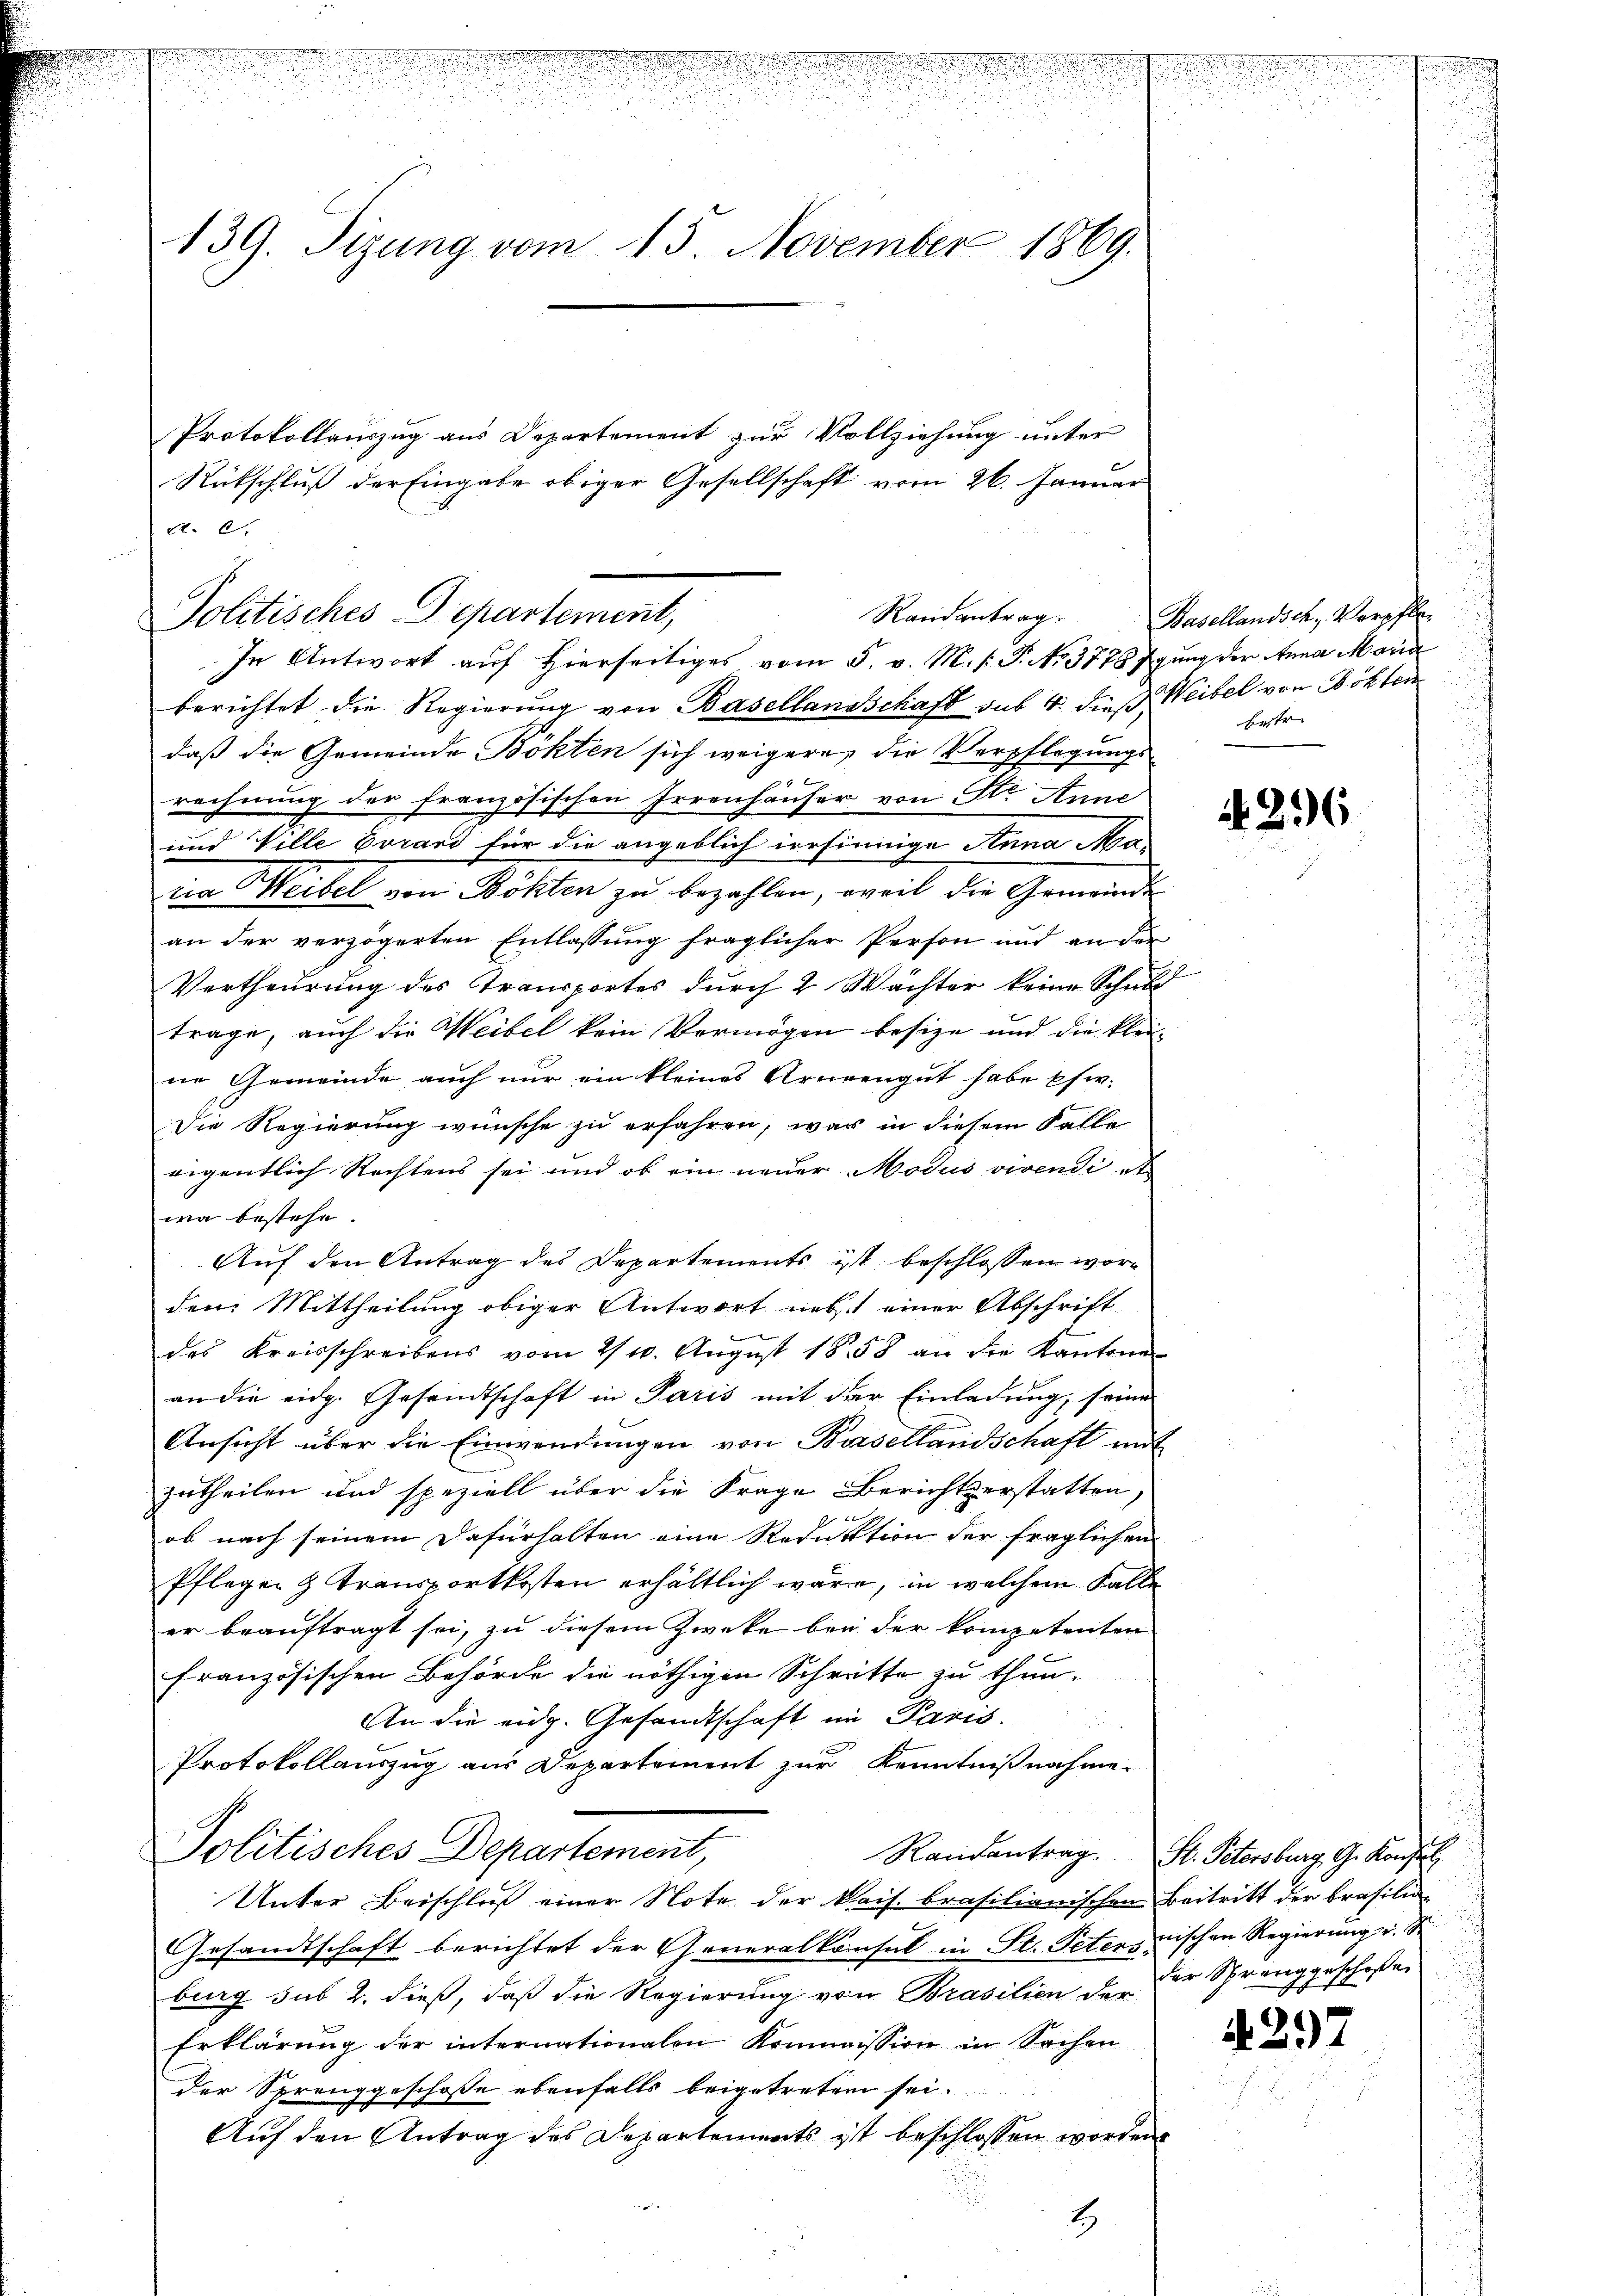
.
n
139. Sizung vom 13. November 1869.

Protokollauszug aus Departement zur Vollziehung unter
Rückschluß der Eingabe obiger Gesellschaft vom 26. Januar

At. C.
berichtet die Regierŭng von Basellandschaft sub. 4. dieß Weibel von Bökten
daß die Gemeinde Böhten sich weigere, die Verpflegungs
r
rechnung der französischen Irrenhäuser von Str. Anne
und Ville Evrard für die angeblich irrsinnige Anna Mana Weibel von Böhten zu bezahlen, weil die Gemeinde
an der verzögerten Entlassung fraglicher Person und an der
Vertheurung des Transportes durch 2 Wächter keine Schult
trage, auch die Weibel kein Vermögen besize und die klei-
ne Gemeinde auch nur ein kleines Armengut habe schw.
Die Regierung wünsche zu erfahren, was in diesem Falle
eigentlich Rechtens sei und ob ein neuer Modus vivendi et
wa bestehe.
Auf den Antrag des Departements ist beschlossen worden Mittheilung obiger Antwort nebst einer Abschrift
.
des Kreisschreibens vom 2/10. August 1858 an die Kantone
an die eidg. Gesandtschaft in Paris mit der Einladung, seine
Ansicht über die Einwendungen von Basellandschaft mit
zutheilen und speziell über die Frage Berichtserstatten,
 f 12
ob nach seinem Dafürhalten eine Reduktion der fraglichen
Pflegen & Transportkosten erhältlich wäre, in welchem Falle
er beauftragt sei, zu diesem Zwecke bei der kompetenten
französischen Behörde die nöthigen Schritte zu thun.
An die eidg. Gesandtschaft im Paris.
Protokollauszug aus Departement zur Kenntnißnahme.
Politisches Departement,
Unter Beischluß einer Note der kais. brasilianischen Beitritt der Brasiliar
Gesandtschaft berichtet der Generalkonsul in St. Peteronischen Regierung u. S
burg sub 2. dieß, daß die Regierung von Prasilien der der Spranggeschoßen
Erklärung der internationalen Kommission in Sachen
der Sprenggeschosse ebenfalls beigetreten sei.
Auf den Antrag des Departements ist beschlossen worden

Randantrag.
Politisches Departement,
In Antwort auf Hierseitiges vom 5. v. M. /: P. No. 3778 fgung der Anna Maria

1.

Basellandsch., Verpfle
betr.

27

A 296

Randantrag. St. Petersburg G. Konstal

429